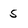
Character: 5